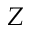
Z